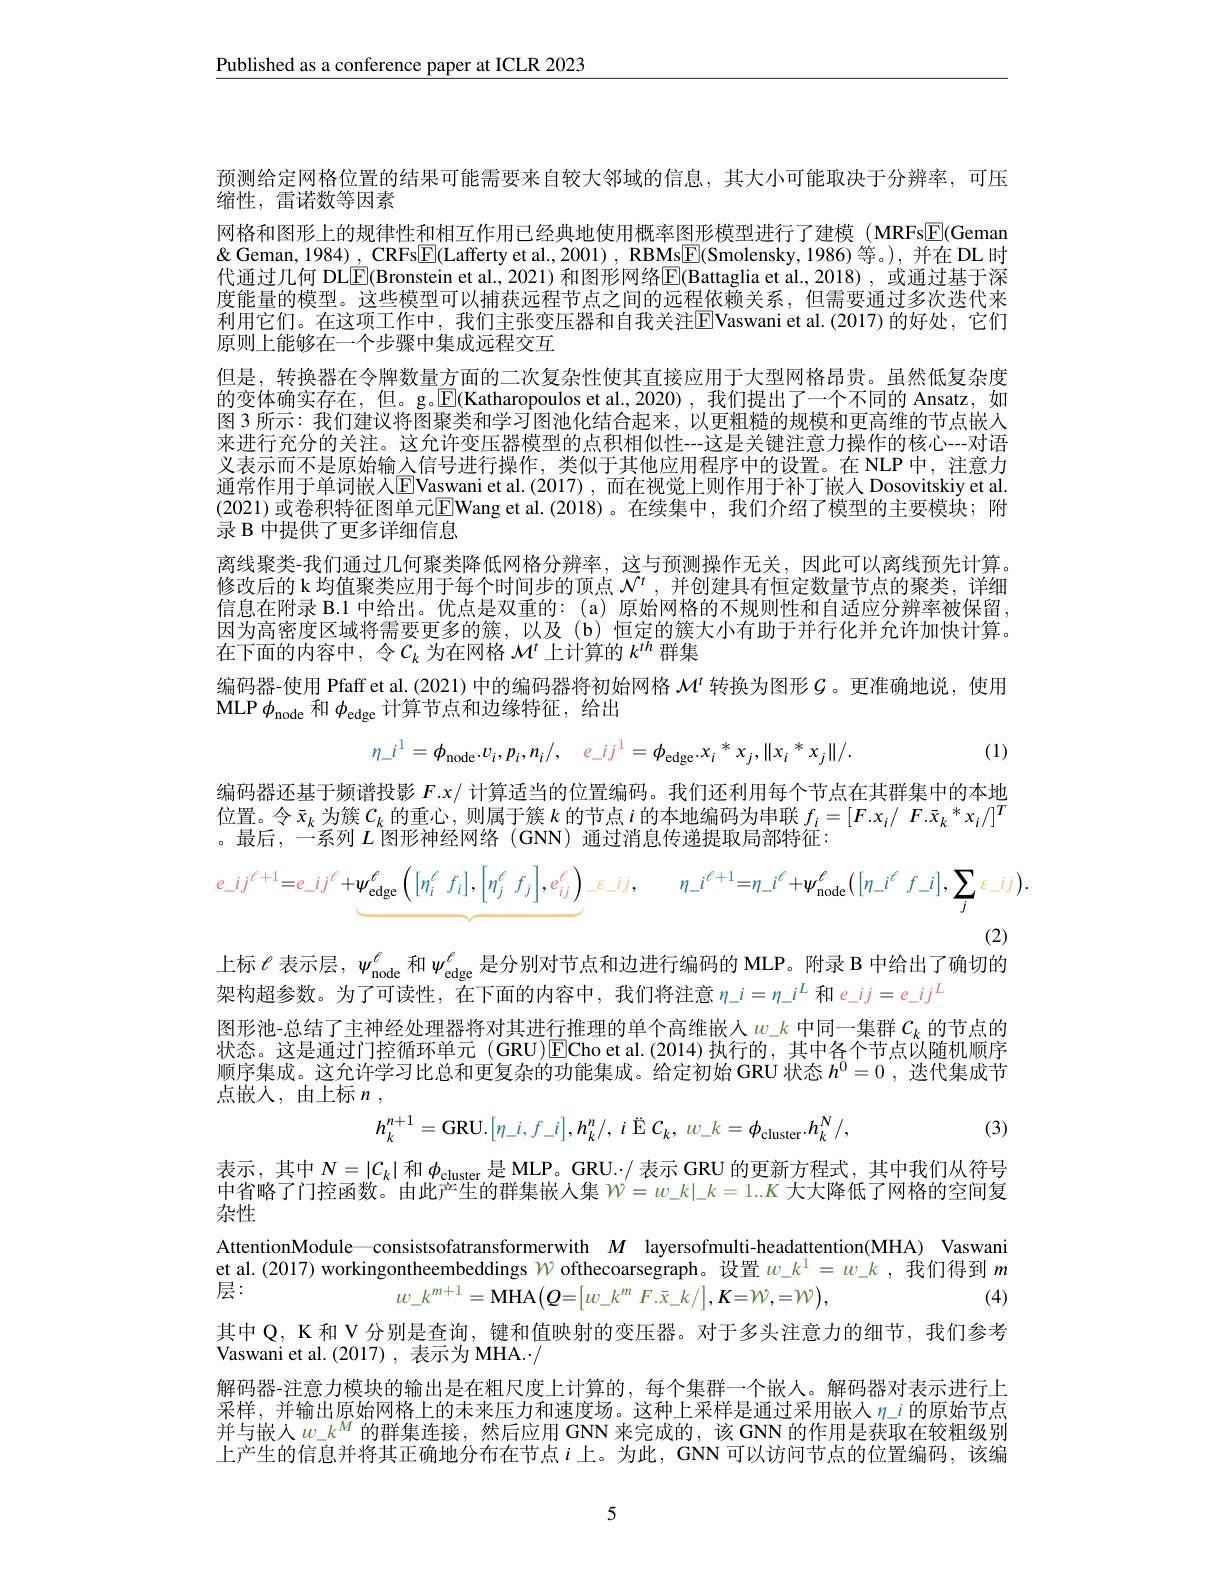
Published as a conference paper at ICLR 2023

预测给定网格位置的结果可能需要来自较大邻域的信息，其大小可能取决于分辨率，可压
缩性，雷诺数等因素
网格和图形上的规律性和相互作用已经典地使用概率图形模型进行了建模 (MRFs$\boxed{\mathrm{E}}(Geman$ $\&$ Geman, 1984) , CRFs$\boxed{\mathrm{F}}($Lafferty et al., 2001) , RBMs$\boxed{\mathrm{E}}($Smolensky, 1986)等。), 并在 DL 时代通过几何 DL$\overline{\mathbb{E}}($Bronstein et al.,2021)和图形网络$\underline{\mathbb{E}}($Battaglia et al.,2018),或通过基于深度能量的模型。这些模型可以捕获远程节点之间的远程依赖关系，但需要通过多次迭代来利用它们。在这项工作中，我们主张变压器和自我关注$\overline{\mathrm{E}}$Vaswani et al.(2017)的好处，它们原则上能够在一个步骤中集成远程交互
但是，转换器在令牌数量方面的二次复杂性使其直接应用于大型网格昂贵。虽然低复杂度的变体确实存在，但。g。$\boxed{\mathbb{E}}($Katharopoulos et al.,2020),我们提出了一个不同的 Ansatz,如图 3 所示：我们建议将图聚类和学习图池化结合起来，以更粗糙的规模和更高维的节点嵌人来进行充分的关注。这允许变压器模型的点积相似性--这是关键注意力操作的核心--对语义表示而不是原始输人信号进行操作，类似于其他应用程序中的设置。在 NLP 中，注意力通常作用于单词嵌人$\operatorname{E}$Vaswani et al.(2017),而在视觉上则作用于补丁嵌人 Dosovitskiy et al. (2021) 或卷积特征图单元$\overline{\mathrm{E}}$Wang et al.(2018)。在续集中，我们介绍了模型的主要模块；附录 B 中提供了更多详细信息
离线聚类-我们通过几何聚类降低网格分辨率，这与预测操作无关，因此可以离线预先计算。修改后的 k 均值聚类应用于每个时间步的顶点$\mathcal{N}^t$,并创建具有恒定数量节点的聚类，详细信息在附录 B.1 中给出。优点是双重的：(a) 原始网格的不规则性和自适应分辨率被保留， 因为高密度区域将需要更多的簇，以及(b)恒定的簇大小有助于并行化并允许加快计算。在下面的内容中，令$C_k$为在网格$\mathcal{M}^t$上计算的$k^{th}$群集
编码器-使用 Pfaff et al. (2021) 中的编码器将初始网格$\mathcal{M}^t$转换为图形$\mathcal{G}$。更准确地说，使用
MLP $\phi_\mathrm{node}$和$\phi_\mathrm{edge}$计算节点和边缘特征，给出
$$\eta_{-}i^{1}=\phi_{\mathrm{node}}.v_{i},p_{i},n_{i}/,\quad e_{-}ij^{1}=\phi_{\mathrm{edge}}.x_{i}^{*}x_{j},\|x_{i}^{*}x_{j}\|/.$$
(1)

编码器还基于频谱投影$F.x/$计算适当的位置编码。我们还利用每个节点在其群集中的本地位置。令$\bar{x}_k$为簇$C_k$的重心，则属于簇$k$的节点$i$的本地编码为串联$f_i=[F.x_i/~F.\bar{x}_k~^*x_i/]^T$ 。最后，一系列$L$图形神经网络(GNN) 通过消息传递提取局部特征：
$$e_{-}ij^{\ell+1}=e_{-}ij^{\ell}+\underbrace{\psi_{\mathrm{edge}}^{\ell}\left([\eta_{i}^{\ell}\:f_{i}],\left[\eta_{j}^{\ell}\:f_{j}\right],e_{ij}^{\ell}\right)}_{-}\varepsilon_{-}ij,\quad\eta_{-}i^{\ell+1}=\eta_{-}i^{\ell}+\psi_{\mathrm{node}}^{\ell}([\eta_{-}i^{\ell}\:f_{-}i],\sum_{j}\varepsilon_{-}ij).$$
(2)
上标$\ell$表示层，$\psi_\mathrm{node}^\ell$和$\psi_\mathrm{edge}^\ell$是分别对节点和边进行编码的 MLP。附录 B 中给出了确切的

架构超参数。为了可读性，在下面的内容中，我们将注意$\eta_-i=\eta_-i^L$和$e_-ij=e_-ij^L$
图形池-总结了主神经处理器将对其进行推理的单个高维嵌人$w_{-}k$中同一集群$c_k$的节点的状态。这是通过门控循环单元 (GRU)$\boxed{\mathrm{E}}$Cho et al.(2014)执行的，其中各个节点以随机顺序顺序集成。这允许学习比总和更复杂的功能集成。给定初始 GRU 状态$h^0=0$ ,迭代集成节点嵌人，由上标$n$ ,

(3)
$$h_{k}^{n+1}=\mathrm{GRU}.\begin{bmatrix}\eta_{-}i,f_{-}i\end{bmatrix},h_{k}^{n}/,\:i\:\mathrm{E}\:C_{k},\:w_{-}k=\phi_{\mathrm{cluster}}.h_{k}^{N}/,$$
et al. (2017) workingontheembeddings $\mathcal{W}$ ofthecoarsegraph。设置$w_k^1=w_k$,我们得到$m$
(4)

表示，其中$N=|C_k|$和$\phi_\text{cluster}$是 MLP。GRU.$\cdot/$表示 GRU 的更新方程式，其中我们从符号中省略了门控函数。由此产生的群集嵌入集$\mathcal{W}=w\_k|\_k=1..K$大大降低了网格的空间复杂性
AttentionModule—consistsofatransformerwith $M$ layersofmulti-headattention(MHA) Vaswani
层：
$$w_k^{m+1}=\mathop{\mathrm{MHA}}\left(\boldsymbol{Q}=\left[w_k^m\:F.\bar{x}_k/\right],\boldsymbol{K}=\mathcal{W},=\mathcal{W}\right),$$
其中 Q, K 和 V 分别是查询，键和值映射的变压器。对于多头注意力的细节，我们参考
Vaswani et al.(2017),表示为 MHA.$\cdot/$
解码器-注意力模块的输出是在粗尺度上计算的，每个集群一个嵌人。解码器对表示进行上采样，并输出原始网格上的未来压力和速度场。这种上采样是通过采用嵌入$\eta_{-}i$的原始节点并与嵌入$w\_k^M$ 的群集连接，然后应用 GNN 来完成的，该 GNN 的作用是获取在较粗级别上产生的信息并将其正确地分布在节点$i$ 上。为此，GNN 可以访问节点的位置编码，该编

5